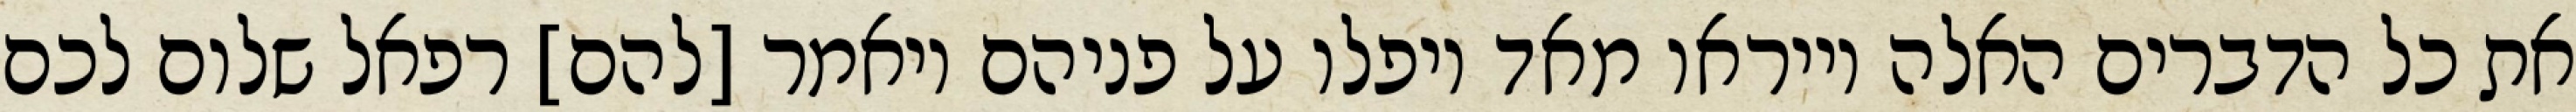
את כל הדברים האלה וייראו מאד ויפלו על פניהם ויאמר [להם] רפאל שלום לכם